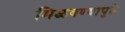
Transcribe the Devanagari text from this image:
मिळवण्यापुढे